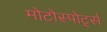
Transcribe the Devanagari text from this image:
मोटोस्पोर्ट्स